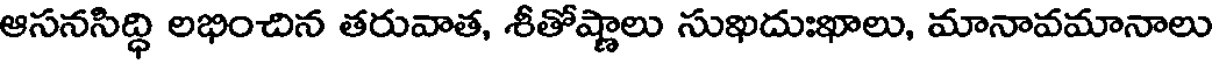
ఆసనసిద్ధి లభించిన తరువాత, శీతోష్ణాలు సుఖదుఃఖాలు, మానావమానాలు